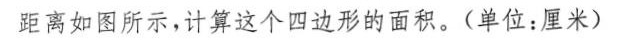
距离如图所示，计算这个四边形的面积。(单位：厘米)